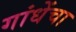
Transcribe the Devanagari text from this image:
गांधेंचा